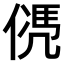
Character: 𠌩